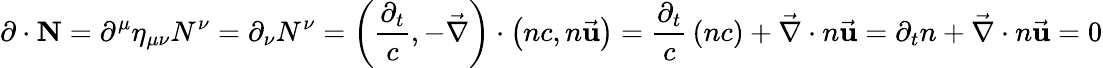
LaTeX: \mathbf{\partial}\cdot\mathbf{N}=\partial^{\mu}\eta_{\mu\nu}N^{\nu}=\partial_{\nu}N^{\nu}=\left({\frac{\partial_{t}}{c}},-{\vec{\nabla}}\right)\cdot\left(nc,n{\vec{\mathbf{u}}}\right)={\frac{\partial_{t}}{c}}\left(nc\right)+{\vec{\nabla}}\cdot n{\vec{\mathbf{u}}}=\partial_{t}n+{\vec{\nabla}}\cdot n{\vec{\mathbf{u}}}=0